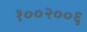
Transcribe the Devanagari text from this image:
१००२००६